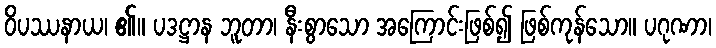
ဝိပဿနာယ၊ ၏။ ပဒဋ္ဌာန ဘူတာ၊ နီးစွာသော အကြောင်းဖြစ်၍ ဖြစ်ကုန်သော။ ပဂုဏာ၊